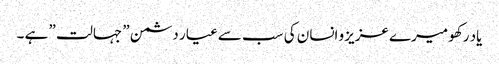
یاد رکھو میرے عزیزو انسان کی سب سے عیار دشمن ” جہالت ” ہے ۔